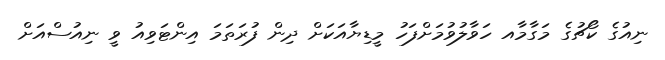
ނިއުގެ ކޯޗުގެ މަގާމާއ ހަވާލުވުމަށްފަހު މީޑިޔާއަކަށް ދިން ފުރަތަމަ އިންޓަވިއު ވީ ނިއުސްއަށް